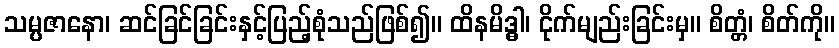
သမ္ပဇာနော၊ ဆင်ခြင်ခြင်းနှင့်ပြည့်စုံသည်ဖြစ်၍။ ထိနမိဒ္ဓါ၊ ငိုက်မျည်းခြင်းမှ။ စိတ္တံ၊ စိတ်ကို။